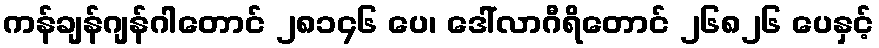
ကန်ချန်ဂျန်ဂါတောင် ၂၈၁၄၆ ပေ၊ ဒေါ်လာဂီရိတောင် ၂၆၈၂၆ ပေနှင့်